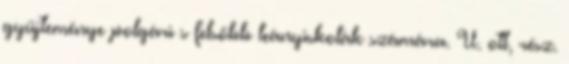
gyűjteménye polgári s felsőbb leányiskolák számára. U. ott, rész.